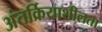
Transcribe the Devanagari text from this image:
अंतर्क्रियाशीलता